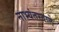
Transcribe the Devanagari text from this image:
नाभ्यंतरवाले